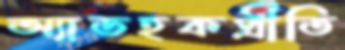
অ্যাডহকপ্রীতি